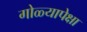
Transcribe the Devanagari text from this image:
गोळ्यापेक्षा